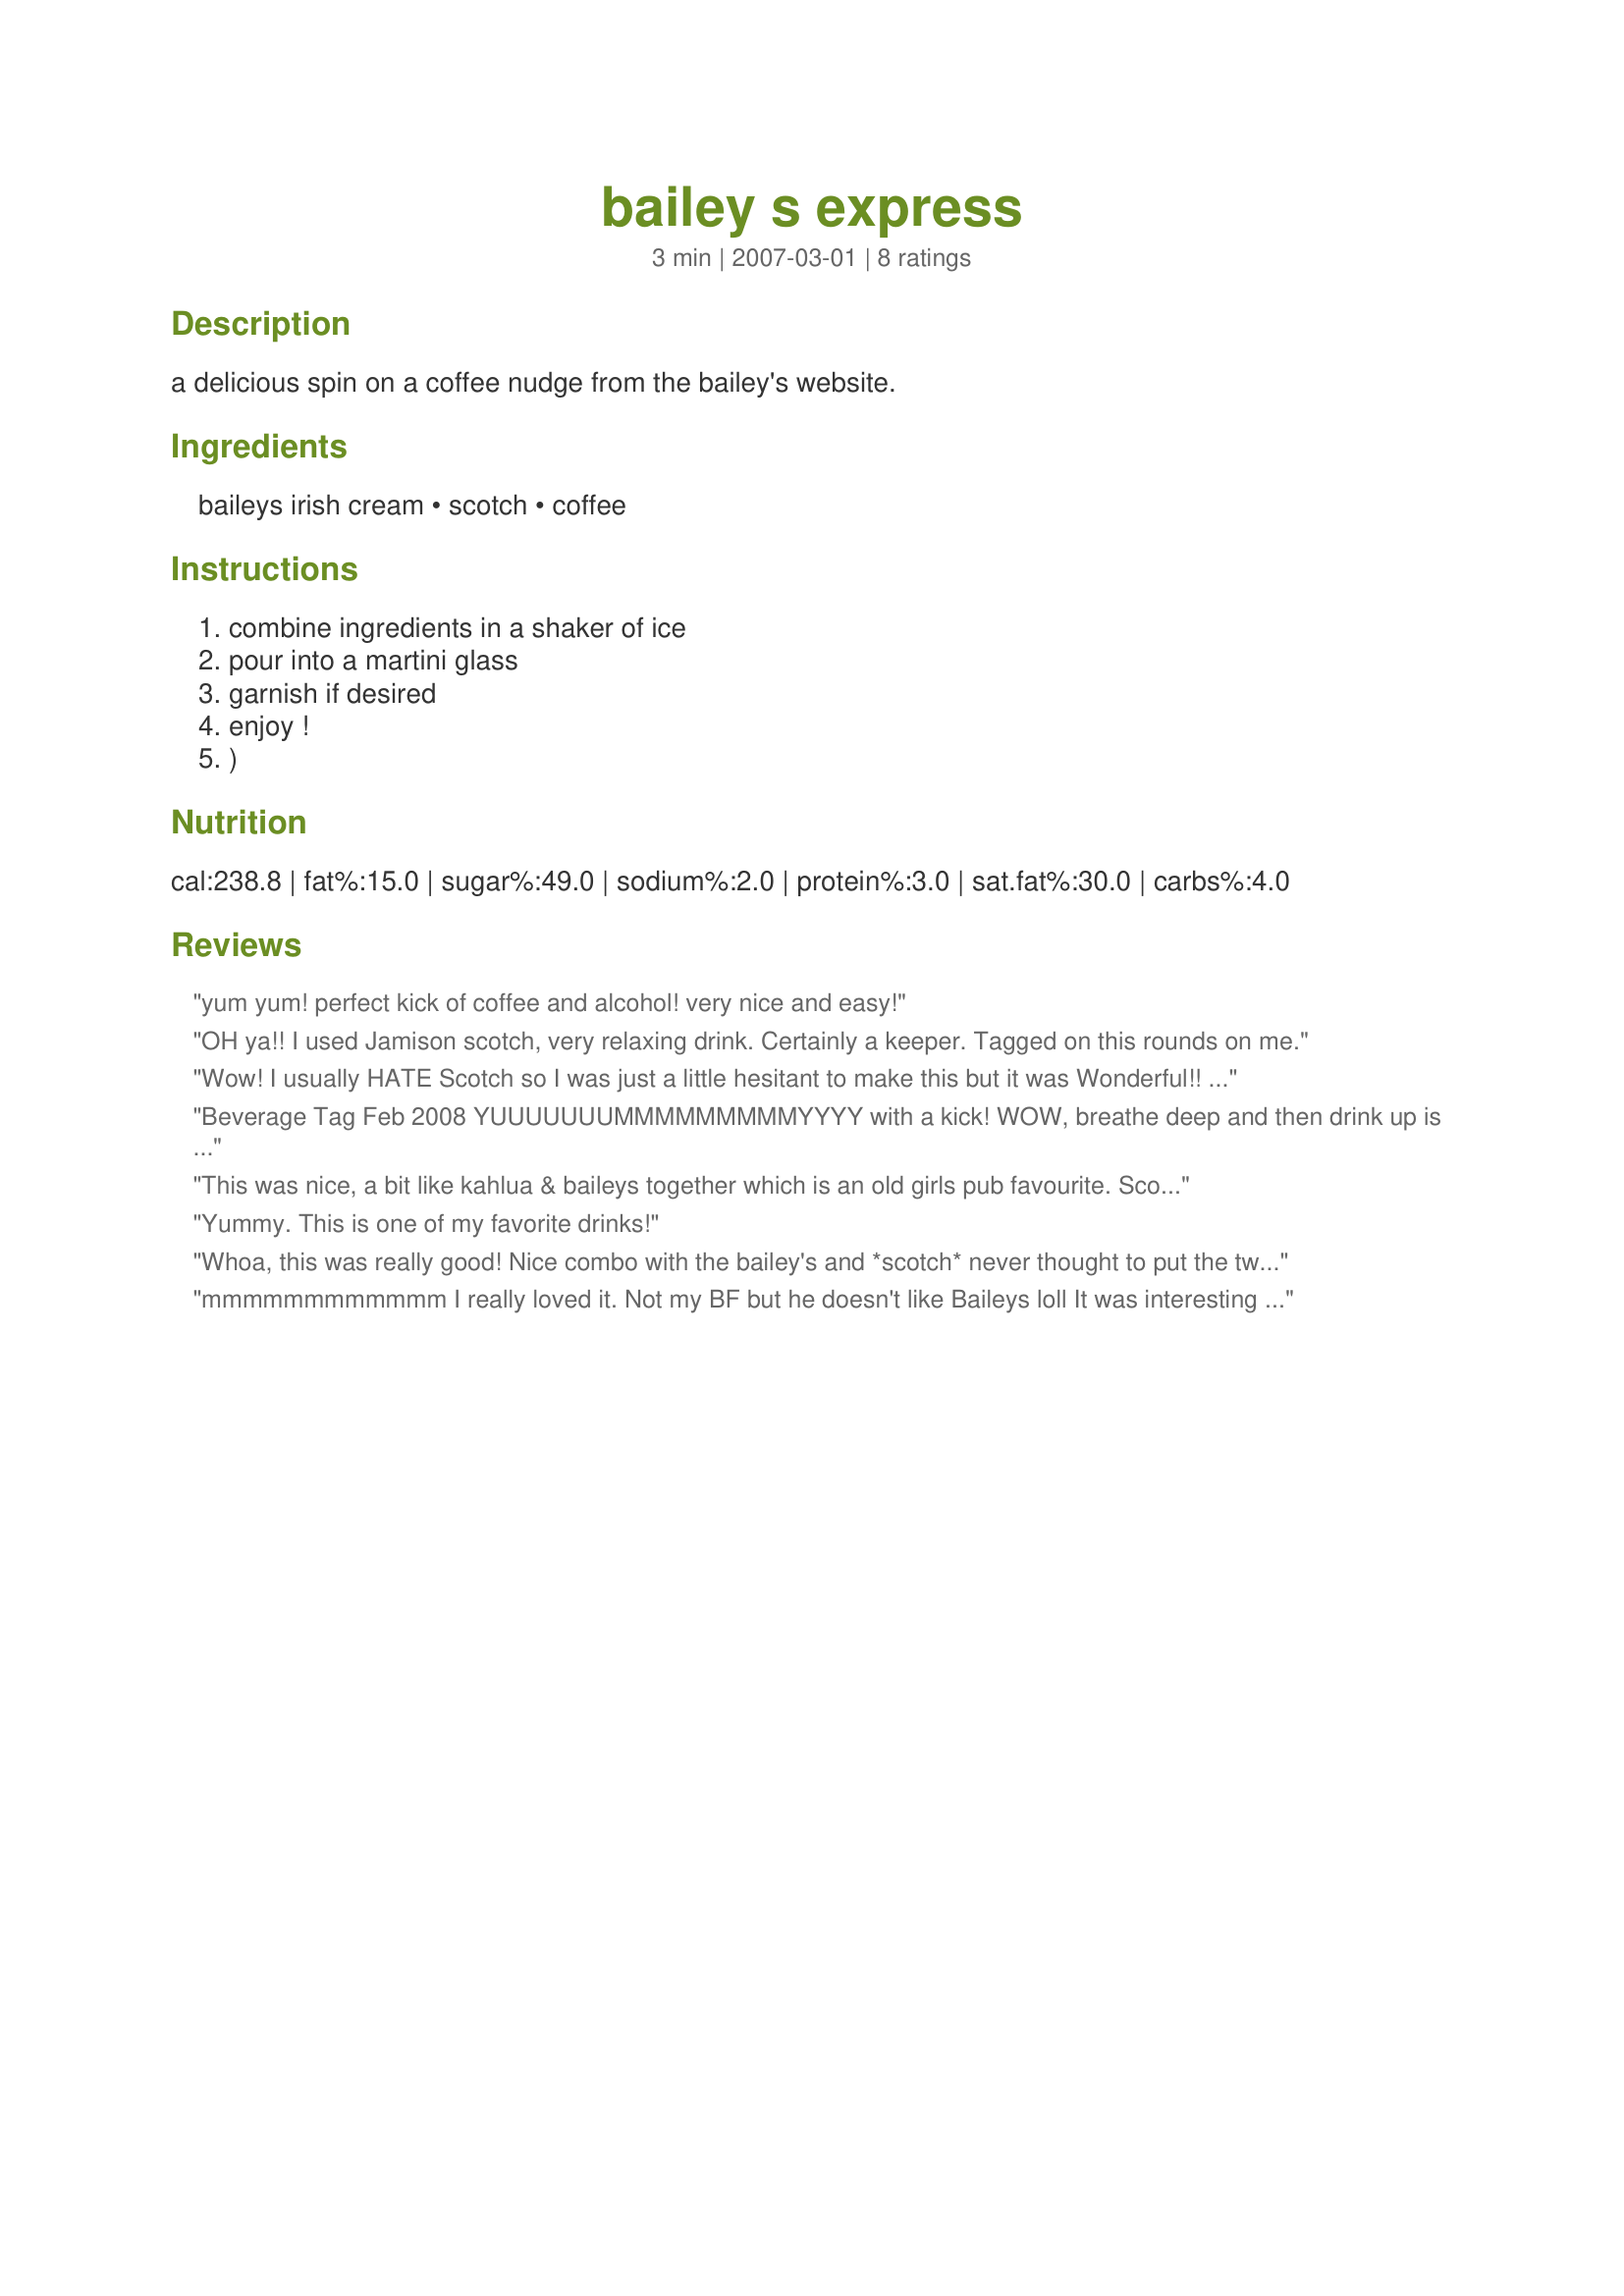
bailey s express
Preparation time: 3 minutes

a delicious spin on a coffee nudge from the bailey's website.

Ingredients:
baileys irish cream, scotch, coffee

Steps:
combine ingredients in a shaker of ice
pour into a martini glass
garnish if desired
enjoy !
)

Reviews:
yum yum! perfect kick of coffee and alcohol! very nice and easy!
OH ya!! I used Jamison scotch, very relaxing drink. Certainly a keeper. Tagged on this rounds on me.
Wow! I usually HATE Scotch so I was just a little hesitant to make this but it was Wonderful!! I will make this again soon.
Beverage Tag Feb 2008 YUUUUUUUMMMMMMMMMYYYY with a kick! WOW, breathe deep and then drink up is all I can say. This is really good. I used Old Grand Dad scotch/bourbon and absolutely loved this. Not only did it have a smooth taste, it gave me a nice quiet relaxed feeling just sipping on it and enjoying the taste. Thank you for a winner Mommy!
This was nice, a bit like kahlua & baileys together which is an old girls pub favourite. Scots whisky being different to the Irish whiskey already in the Baileys adds an extra dimension. It was nice and refreshing after a hard day in the garden, I can feel my muscles relaxing already. Thanks!
Yummy. This is one of my favorite drinks!
Whoa, this was really good! Nice combo with the bailey's and *scotch* never thought to put the two together, but I will have another... Thanks you very much Cheers ~V
mmmmmmmmmmmm I really loved it. Not my BF but he doesn't like Baileys loll It was interesting to try scotch in this. I had an old bottle that was feeling lonely loll I was glad to had an opportunity to use it a little bit. :) I put about 1/2 ounce of espresso coffee. Thanks Mommy Diva :)
